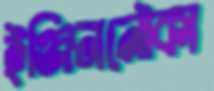
ইঞ্জিননৌকা